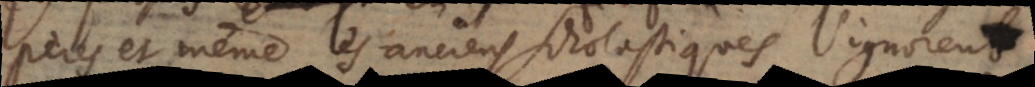
pères et même les anciens Scholastiques l’ignorent